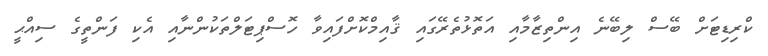
ކްރިޑިޓަށް ބޭސް ލިބޭނެ އިންތިޒާމާއި އަތޮޅުތެރޭގައި ޤާއިމްކޮށްފައިވާ ހޮސްޕިޓަލްތަކުންނާއި އެކި ފަންތީގެ ސިއްޙީ